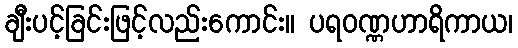
ချီးပင့်ခြင်းဖြင့်လည်းကောင်း။ ပရဝဏ္ဏဟာရိကာယ၊